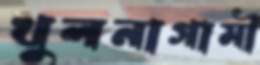
খুলনাগামী